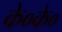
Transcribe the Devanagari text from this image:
के०के०